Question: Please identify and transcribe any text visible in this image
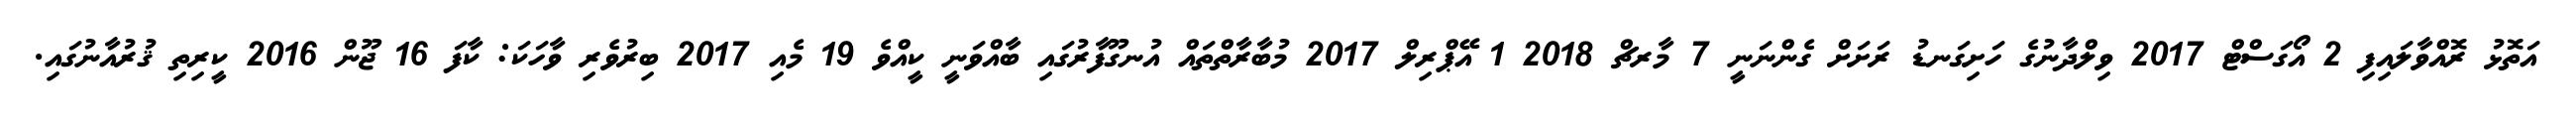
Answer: އަތޮޅު ރޮއްވާލައިފި 2 އޯގަސްޓް 2017 ވިލްދާނުގެ ހަށިގަނޑު ރަށަށް ގެންނަނީ 7 މާރޗް 2018 1 އޭޕްރިލް 2017 މުބާރާތްތައް އުނގޫފާރުގައި ބާއްވަނީ ކީއްވެ 19 މެއި 2017 ބިރުވެރި ވާހަކަ: ކާފަ 16 ޖޫން 2016 ކީރިތި ޤުރުއާނުގައި.